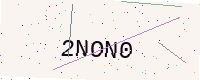
Text: 2NON0